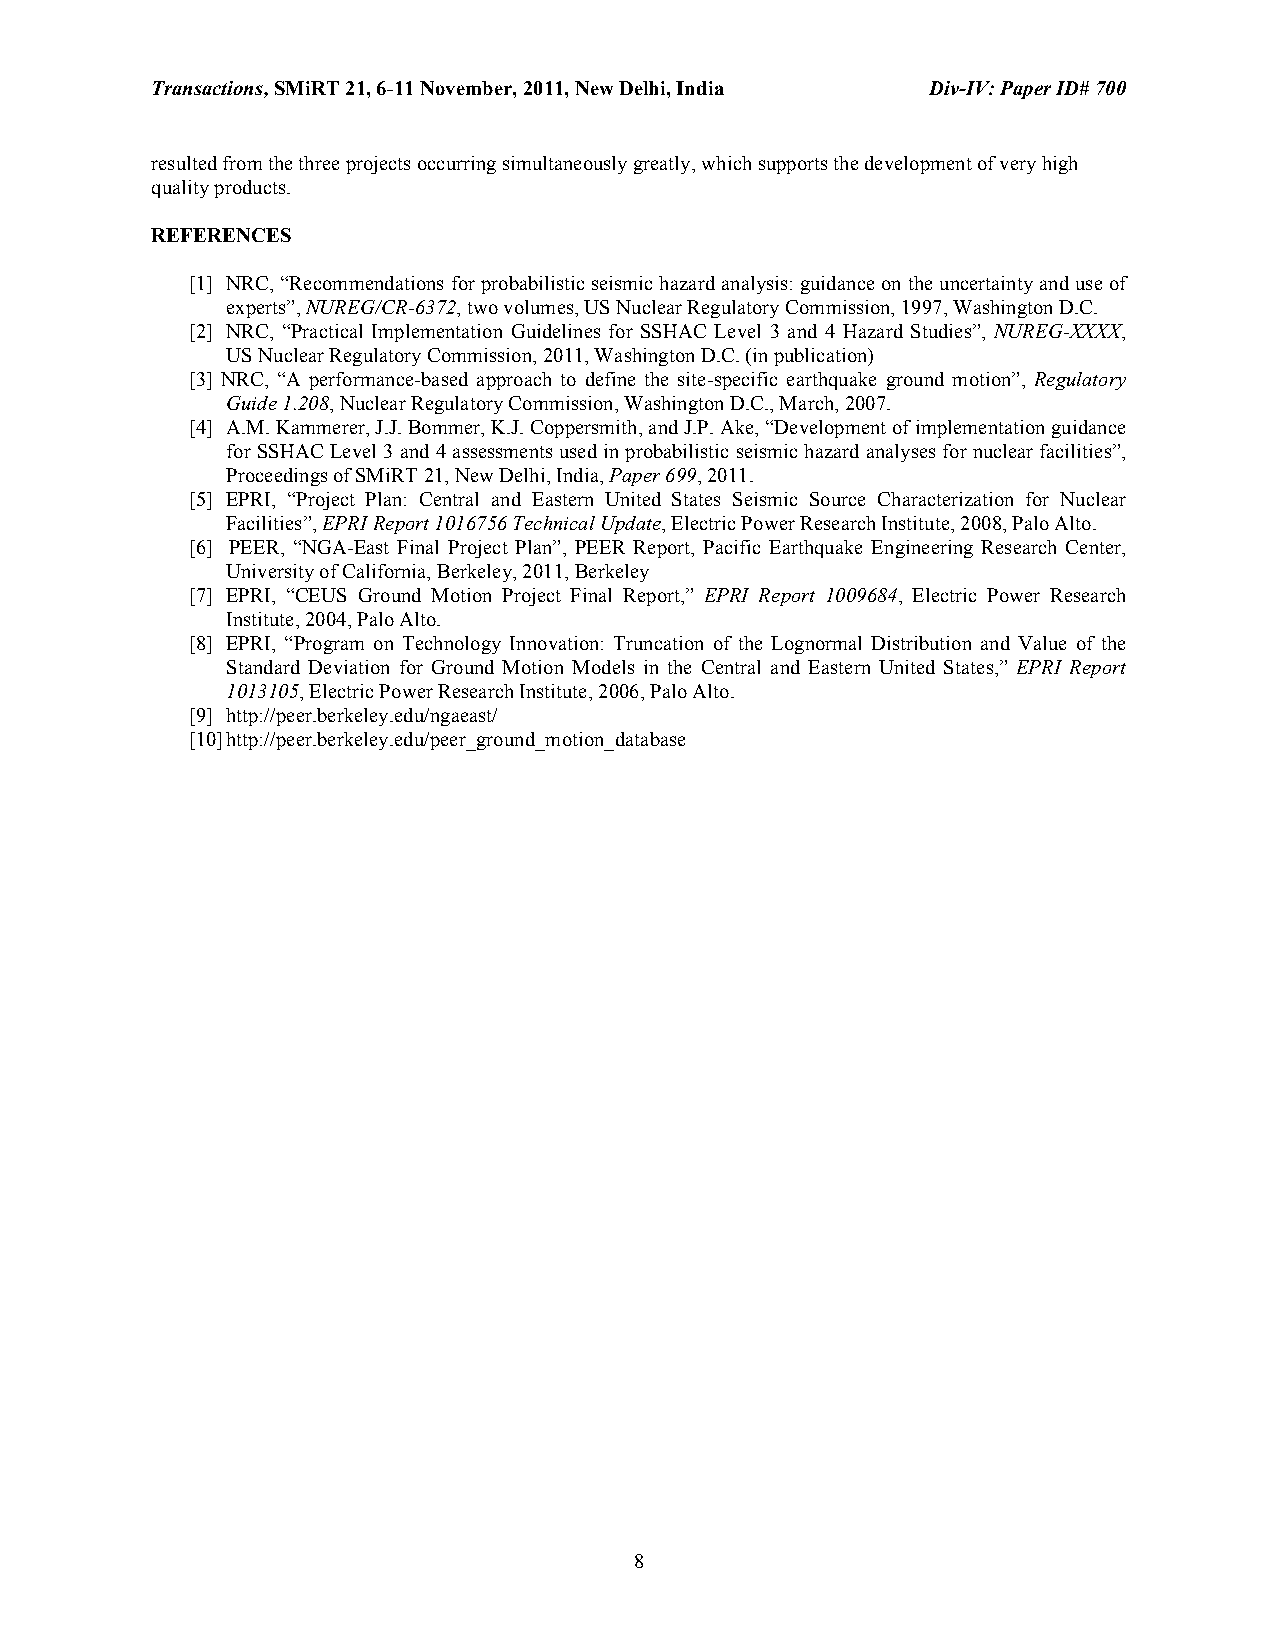
Transactions, SMiRT 21, 6-11 November, 2011, New Delhi, India Div-IV: Paper ID# 700
 resulted from the three projects occurring simultaneously greatly, which supports the development of very high
 quality products.
 REFERENCES
 [1] NRC, “Recommendations for probabilistic seismic hazard analysis: guidance on the uncertainty and use of
 experts”, NUREG/CR-6372, two volumes, US Nuclear Regulatory Commission, 1997, Washington D.C.
 [2] NRC, “Practical Implementation Guidelines for SSHAC Level 3 and 4 Hazard Studies”, NUREG-XXXX,
 US Nuclear Regulatory Commission, 2011, Washington D.C. (in publication)
 [3] NRC, “A performance-based approach to define the site-specific earthquake ground motion”, Regulatory
 Guide 1.208, Nuclear Regulatory Commission, Washington D.C., March, 2007.
 [4] A.M. Kammerer, J.J. Bommer, K.J. Coppersmith, and J.P. Ake, “Development of implementation guidance
 for SSHAC Level 3 and 4 assessments used in probabilistic seismic hazard analyses for nuclear facilities”,
 Proceedings of SMiRT 21, New Delhi, India, Paper 699, 2011.
 [5] EPRI, “Project Plan: Central and Eastern United States Seismic Source Characterization for Nuclear
 Facilities”, EPRI Report 1016756 Technical Update, Electric Power Research Institute, 2008, Palo Alto.
 [6] PEER, “NGA-East Final Project Plan”, PEER Report, Pacific Earthquake Engineering Research Center,
 University of California, Berkeley, 2011, Berkeley
 [7] EPRI, “CEUS Ground Motion Project Final Report,” EPRI Report 1009684, Electric Power Research
 Institute, 2004, Palo Alto.
 [8] EPRI, “Program on Technology Innovation: Truncation of the Lognormal Distribution and Value of the
 Standard Deviation for Ground Motion Models in the Central and Eastern United States,” EPRI Report
 1013105, Electric Power Research Institute, 2006, Palo Alto.
 [9] http://peer.berkeley.edu/ngaeast/
 [10] http://peer.berkeley.edu/peer_ground_motion_database
 8